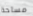
مساحة